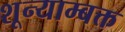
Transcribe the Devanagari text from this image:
शून्याम्बक्त